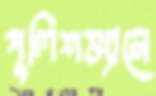
পুলিশভ্যানে